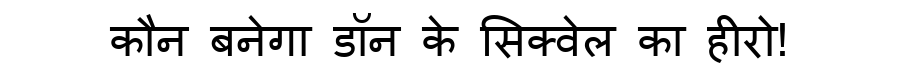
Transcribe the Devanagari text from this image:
कौन बनेगा डॉन के सिक्वेल का हीरो!